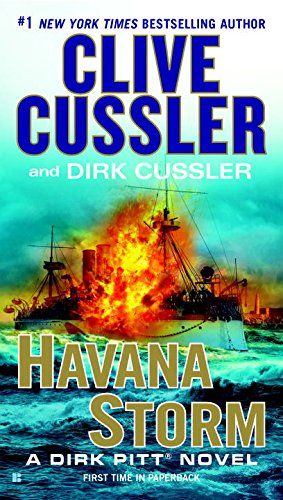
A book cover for Havana Storm: A Dirk Pitt Adventure; Clive Cussler; Literature & Fiction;